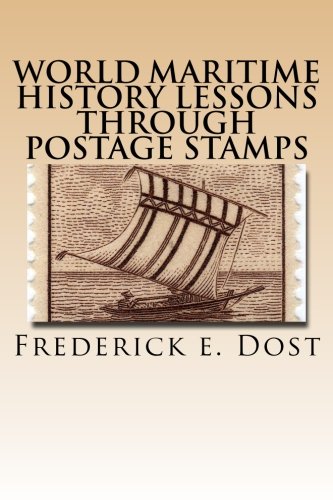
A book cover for World Maritime History Lessons through Postage Stamps: Watercraft throughout the centuries.; Frederick E. Dost; Engineering & Transportation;